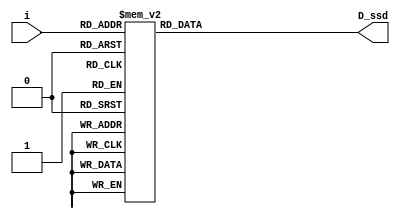
`timescale 1ns / 1ps
//////////////////////////////////////////////////////////////////////////////////
// Company: 
// Engineer: 
// 
// Design Name: 
// Module Name: lab2_2d
// Project Name: 
// Target Devices: 
// Tool Versions: 
// Description: 
// 
// Dependencies: 
// 
// Revision:
// Revision 0.01 - File Created
// Additional Comments:
// 
//////////////////////////////////////////////////////////////////////////////////


module display(D_ssd, i);
output [7:0] D_ssd;
input [3:0] i;
reg [7:0] D_ssd;

`define SS_0 8'b00000011
`define SS_1 8'b10011111
`define SS_2 8'b00100101
`define SS_3 8'b00001101
`define SS_4 8'b10011001
`define SS_5 8'b01001001
`define SS_6 8'b01000001
`define SS_7 8'b00011111
`define SS_8 8'b00000001
`define SS_9 8'b00001001
`define SS_F 8'b01110001
always @*
case (i)
4'd0: D_ssd = `SS_0;
4'd1: D_ssd = `SS_1;
4'd2: D_ssd = `SS_2;
4'd3: D_ssd = `SS_3;
4'd4: D_ssd = `SS_4;
4'd5: D_ssd = `SS_5;
4'd6: D_ssd = `SS_6;
4'd7: D_ssd = `SS_7;
4'd8: D_ssd = `SS_8;
4'd9: D_ssd = `SS_9;
default: D_ssd = `SS_F;
endcase
endmodule